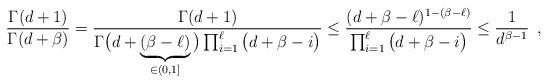
LaTeX: \begin{align*} \frac{\Gamma(d + 1)}{\Gamma(d+\beta)} &= \frac{\Gamma(d+1)}{\Gamma\big(d+\underbrace{(\beta-\ell)}_{\in (0, 1]}\big)\prod_{i = 1}^{\ell}\big(d+\beta-i\big) } \leq \frac{(d + \beta - \ell)^{1 - (\beta -\ell)}}{\prod_{i = 1}^{\ell}\big(d+\beta-i\big) } \leq \frac{1}{d^{\beta-1}}\enspace,\end{align*}